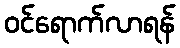
ဝင်ရောက်လာရန်